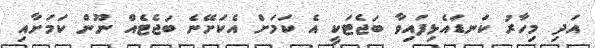
އަދި މިހާރު ކަނޑައެޅިފައިވާ ބަޖެޓަކީ އެ ކަމަށް އެކަށޭނެ ބަޖެޓެއް ނޫން ކަމަށާއި